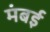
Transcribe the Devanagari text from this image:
मंबई